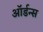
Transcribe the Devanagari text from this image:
ऑर्डन्स